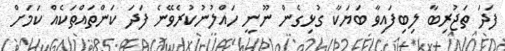
ފަދަ ތަޖުރިބާ ލިބިފައިވާ ބަޔަކާ ގުޅިގެން ނޫނީ ހައްލުނުކުރެވޭނެ ފަދަ ކަންތައްތަކެއް ކަމަށް